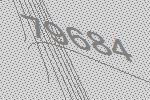
79684